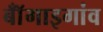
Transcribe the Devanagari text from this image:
बॉँगाइगांव